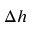
\Delta h